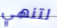
لتنهي